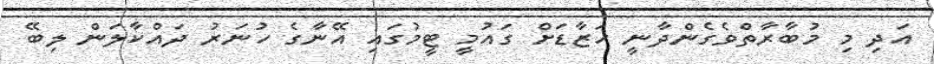
އަދި މި މުބާރާތްވެގެންދާނީ ހަޒާޑަށް ގައުމީ ޓީމުގައި އޭނާގެ ހުނަރު ދައްކާލަން ލިބޭ